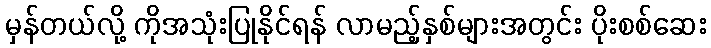
မှန်တယ်လို့ ကိုအသုံးပြုနိုင်ရန် လာမည့်နှစ်များအတွင်း ပိုးစစ်ဆေး